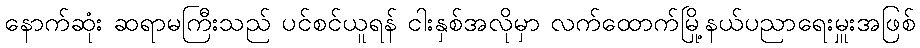
နောက်ဆုံး ဆရာမကြီးသည် ပင်စင်ယူရန် ငါးနှစ်အလိုမှာ လက်ထောက်မြို့နယ်ပညာရေးမှူးအဖြစ်